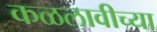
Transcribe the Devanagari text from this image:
कळलावीच्या